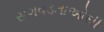
સગવડતાઓથી